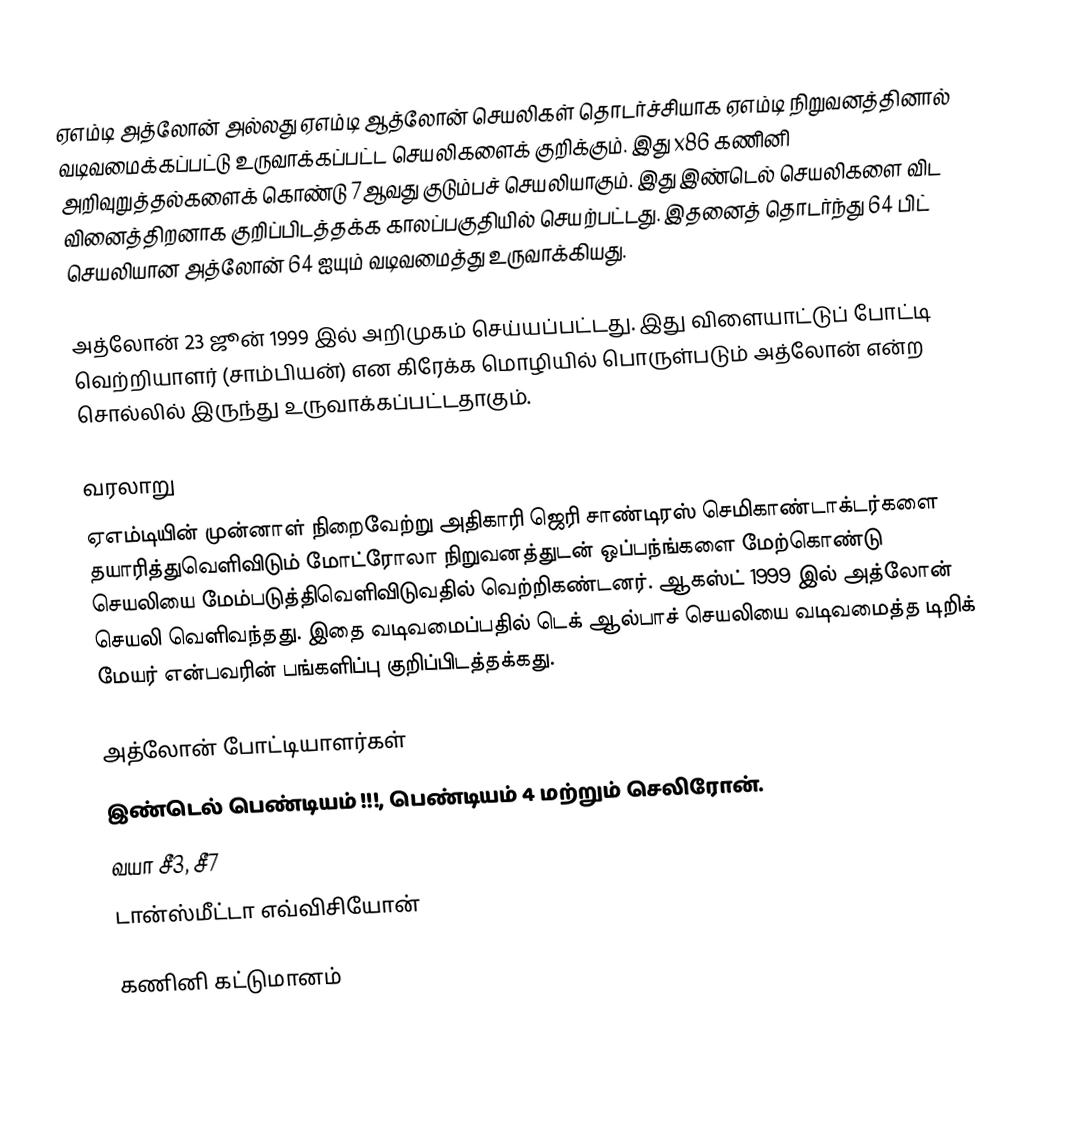
ஏஎம்டி அத்லோன் அல்லது ஏஎம்டி ஆத்லோன் செயலிகள் தொடர்ச்சியாக ஏஎம்டி நிறுவனத்தினால் வடிவமைக்கப்பட்டு உருவாக்கப்பட்ட செயலிகளைக் குறிக்கும். இது x86 கணினி அறிவுறுத்தல்களைக் கொண்டு 7ஆவது குடும்பச் செயலியாகும். இது இண்டெல் செயலிகளை விட வினைத்திறனாக குறிப்பிடத்தக்க காலப்பகுதியில் செயற்பட்டது. இதனைத் தொடர்ந்து 64 பிட் செயலியான அத்லோன் 64 ஐயும் வடிவமைத்து உருவாக்கியது.

அத்லோன் 23 ஜூன் 1999 இல் அறிமுகம் செய்யப்பட்டது. இது விளையாட்டுப் போட்டி வெற்றியாளர் (சாம்பியன்) என கிரேக்க மொழியில் பொருள்படும் அத்லோன் என்ற சொல்லில் இருந்து உருவாக்கப்பட்டதாகும்.

வரலாறு
ஏஎம்டியின் முன்னாள் நிறைவேற்று அதிகாரி ஜெரி சாண்டிரஸ் செமிகாண்டாக்டர்களை தயாரித்துவெளிவிடும் மோட்ரோலா நிறுவனத்துடன் ஒப்பந்ங்களை மேற்கொண்டு செயலியை மேம்படுத்திவெளிவிடுவதில் வெற்றிகண்டனர். ஆகஸ்ட் 1999 இல் அத்லோன் செயலி வெளிவந்தது. இதை வடிவமைப்பதில் டெக் ஆல்பாச் செயலியை வடிவமைத்த டிறிக் மேயர் என்பவரின் பங்களிப்பு குறிப்பிடத்தக்கது.

அத்லோன் போட்டியாளர்கள்
இண்டெல் பெண்டியம் !!!, பெண்டியம் 4 மற்றும் செலிரோன்.
வயா சீ3, சீ7
டான்ஸ்மீட்டா எவ்விசியோன்

கணினி கட்டுமானம்

hu:Advanced Micro Devices#Athlon